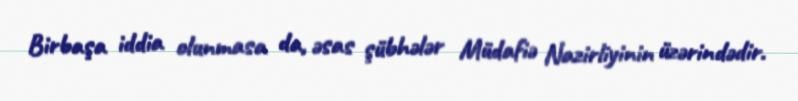
Birbaşa iddia olunmasa da, əsas şübhələr Müdafiə Nazirliyinin üzərindədir.